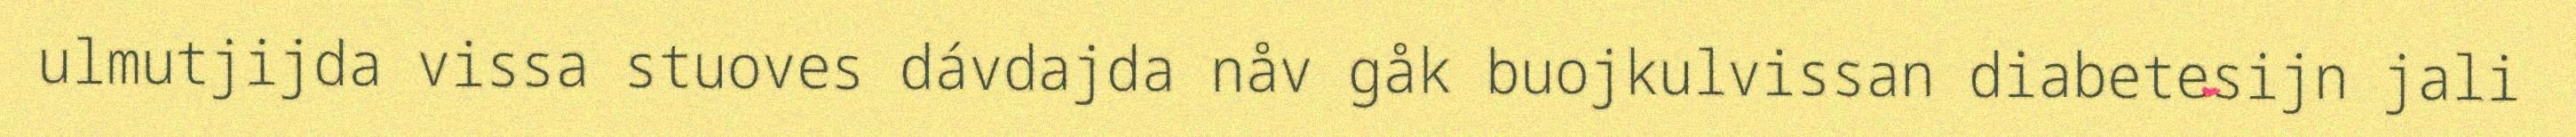
ulmutjijda vissa stuoves dávdajda nåv gåk buojkulvissan diabetesijn jali